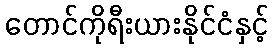
တောင်ကိုရီးယားနိုင်ငံနှင့်